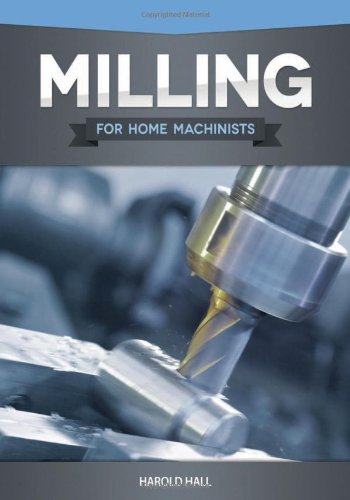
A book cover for Milling for Home Machinists; Harold Hall; Crafts, Hobbies & Home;